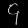
Digit: ၄